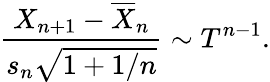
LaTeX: {\frac{X_{n+1}-{\overline{{X}}}_{n}}{s_{n}{\sqrt{1+1/n}}}}\sim T^{n-1}.